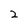
Character: 2